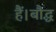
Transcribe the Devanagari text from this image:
हैं।बौद्ध